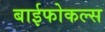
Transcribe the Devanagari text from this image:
बाईफोकल्स